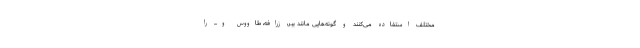
مختلف استفاده می‌کنند و گونه‌هایی مانند ببر، زرافه، طاووس و... را